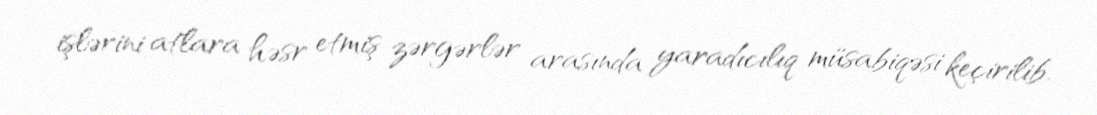
işlərini atlara həsr etmiş zərgərlər arasında yaradıcılıq müsabiqəsi keçirilib.